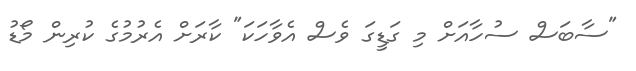
"ސާބަސް ސުހާއަށް މި ގަޑީގަ ވެސް އެވާހަކަ" ކާރަށް އެރުމުގެ ކުރިން މޯޑު